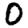
Digit: 0